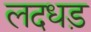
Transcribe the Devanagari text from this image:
लदधड़